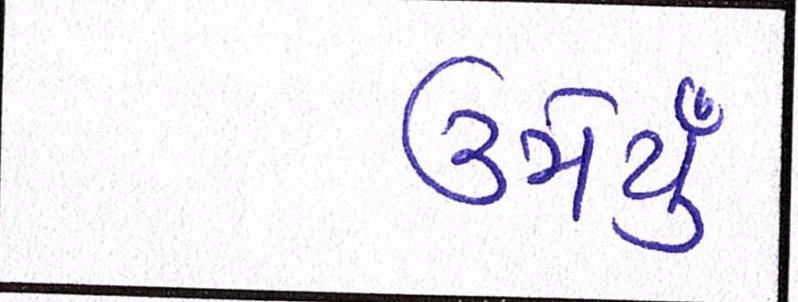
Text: ઉમેર્યું